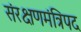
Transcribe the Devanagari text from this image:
संरक्षणमंत्रिपद